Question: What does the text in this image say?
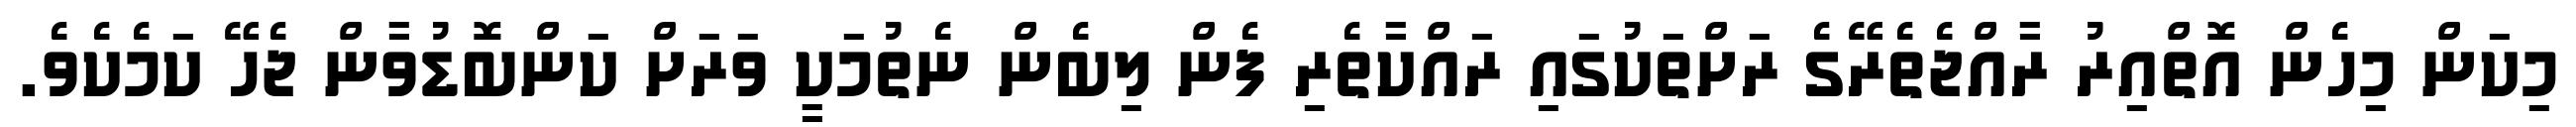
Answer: މިކަން މިހެން އޮތްއިރު ރާއްޖެތެރޭގެ ރަށްތަކުގައި ރައްކާތެރި ފެން ލިބެން ނެތުމަކީ ވަރަށް ކަންބޮޑުވާން ޖެހޭ ކަމެކެވެ.